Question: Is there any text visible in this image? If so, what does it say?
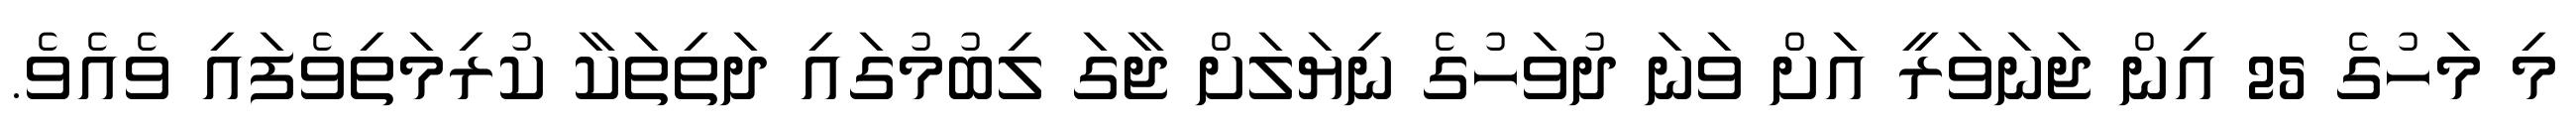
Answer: މި މަހުގެ 25 އިން ޖަނަވަރީ އަށް ވަނަ ދުވަހުގެ ނިޔަލަށް ޖާގަ ލިބުމުގައި ދަތިތަކާ ކުރިމަތިވެފައި ވެއެވެ.